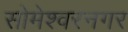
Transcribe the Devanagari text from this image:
सोमेश्वरनगर